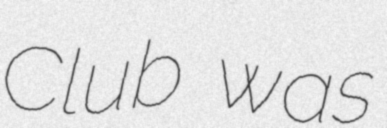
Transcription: Club was